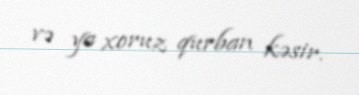
və ya xoruz qurban kəsir.